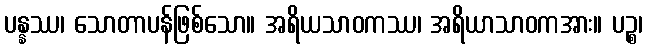
ပန္နဿ၊ သောတာပန်ဖြစ်သော။ အရိယသာဝကဿ၊ အရိယာသာဝကအား။ ပဉ္စ၊